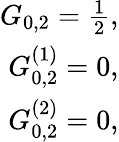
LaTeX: \begin{array}{r}{G_{0,2}=\frac{1}{2},}\\ {G_{0,2}^{(1)}=0,}\\ {G_{0,2}^{(2)}=0,}\end{array}